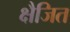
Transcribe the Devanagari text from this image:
क्षैजित